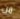
من